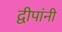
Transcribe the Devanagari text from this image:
द्वीपांनी